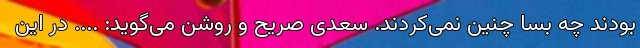
بودند چه بسا چنین نمی‌کردند. سعدی صریح و روشن می‌گوید: .... در این